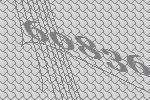
60836